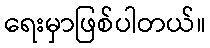
ရေးမှာဖြစ်ပါတယ်။